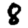
Digit: 8